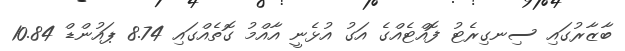
ބާޒާރުގައި ސިނގިރެޓު ފޮއްޓެއްގެ އަގު އުޅެނީ އާއްމު ގޮތެއްގައި 8.74 ޕައުންޑް 10.84